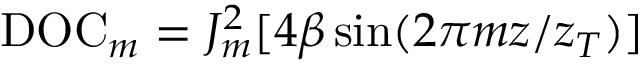
\mathrm { D O C } _ { m } = J _ { m } ^ { 2 } [ 4 \beta \sin ( 2 \pi m z / z _ { T } ) ]